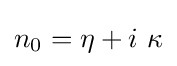
n_{0}=\eta +i~\kappa